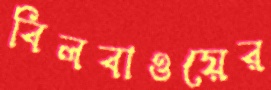
বিলবাওয়ের